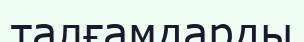
талғамдарды